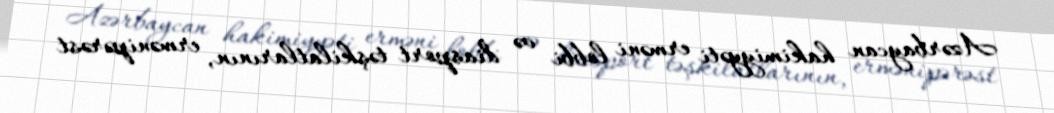
Azərbaycan hakimiyyəti erməni lobbi və diasport təşkilatlarının, ermənipərəst